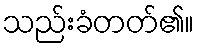
သည်းခံတတ်၏။